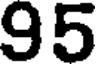
95